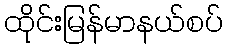
ထိုင်းမြန်မာနယ်စပ်